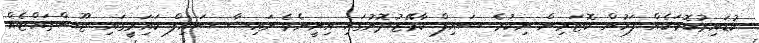
ކުޑައިރުކޮޅަކެއް ފަހުން ކޮޓަރިން ނިކުމެ ސައިފް ކާމޭޒުދޮށުގައި އިށީނެވެ.ނައިޝާ ސައިފް ކަައަިރިީގައި ޖޫސްތައްޓެއް